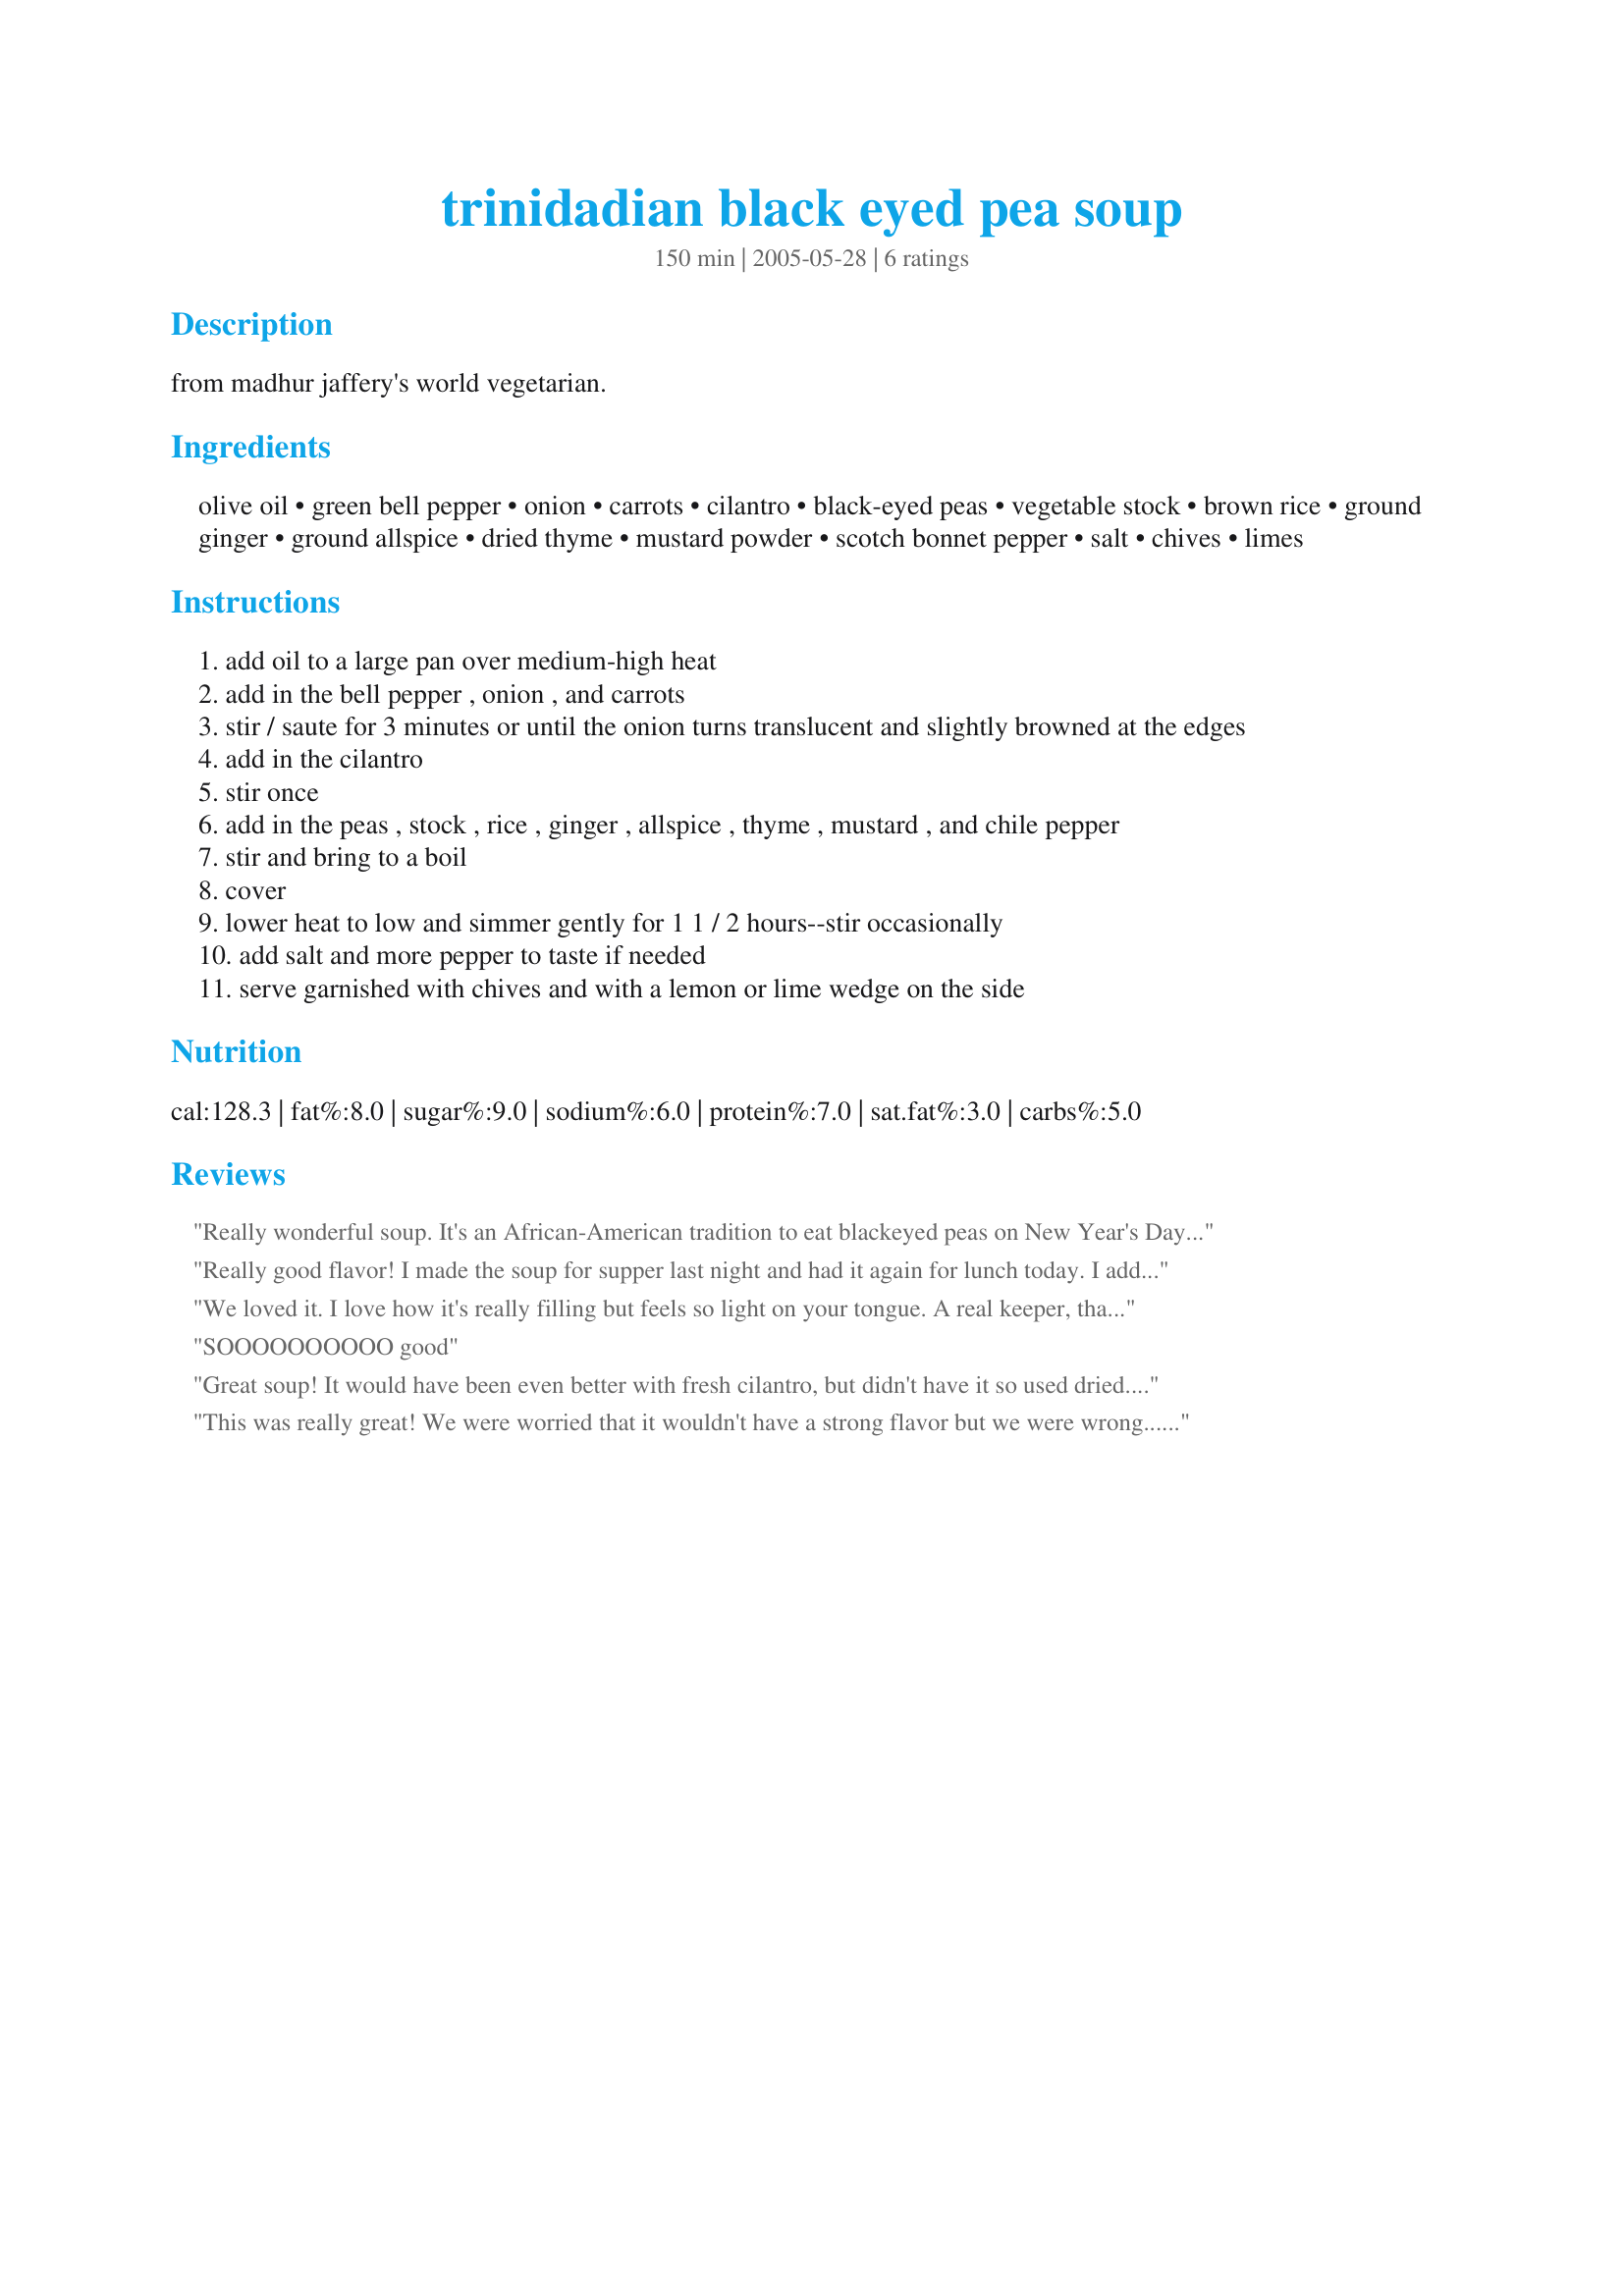
trinidadian black eyed pea soup
Preparation time: 150 minutes

from madhur jaffery's world vegetarian.

Ingredients:
olive oil, green bell pepper, onion, carrots, cilantro, black-eyed peas, vegetable stock, brown rice, ground ginger, ground allspice, dried thyme, mustard powder, scotch bonnet pepper, salt, chives, limes

Steps:
add oil to a large pan over medium-high heat
add in the bell pepper , onion , and carrots
stir / saute for 3 minutes or until the onion turns translucent and slightly browned at the edges
add in the cilantro
stir once
add in the peas , stock , rice , ginger , allspice , thyme , mustard , and chile pepper
stir and bring to a boil
cover
lower heat to low and simmer gently for 1 1 / 2 hours--stir occasionally
add salt and more pepper to taste if needed
serve garnished with chives and with a lemon or lime wedge on the side

Reviews:
Really wonderful soup. It's an African-American tradition to eat blackeyed peas on New Year's Day and this was a great new way to serve them. The soup was good as is, but got even better when I added 1/2 cup red wine.
Really good flavor! I made the soup for supper last night and had it again for lunch today. I added some left over baked chicken to the soup today and it was even better.
We loved it. I love how it's really filling but feels so light on your tongue. A real keeper, thank you!
SOOOOOOOOOO good
Great soup! It would have been even better with fresh cilantro, but didn't have it so used dried. I also want to use lime wedges next time, do you squeeze some on the soup before chowing down? Thanks Nurse Di for another winner. Carole in Orlando
This was really great! We were worried that it wouldn't have a strong flavor but we were wrong... we savored every bite. This went great with jerk chicken, which we shredded and added to the leftover soup for an extra kick. We also used dried black-eyed peas instead of canned; boil on high for 4 minutes, drain and rinse, and then add to the soup as directed. No pre-soaking necessary.
